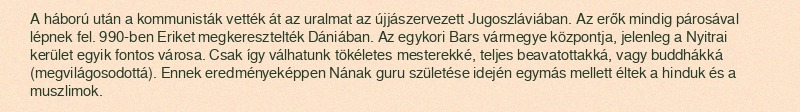
A háború után a kommunisták vették át az uralmat az újjászervezett Jugoszláviában. Az erők mindig párosával lépnek fel. 990-ben Eriket megkeresztelték Dániában. Az egykori Bars vármegye központja, jelenleg a Nyitrai kerület egyik fontos városa. Csak így válhatunk tökéletes mesterekké, teljes beavatottakká, vagy buddhákká (megvilágosodottá). Ennek eredményeképpen Nának guru születése idején egymás mellett éltek a hinduk és a muszlimok.